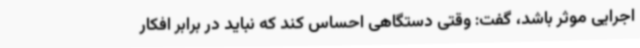
اجرایی موثر باشد، گفت: وقتی دستگاهی احساس کند که نباید در برابر افکار